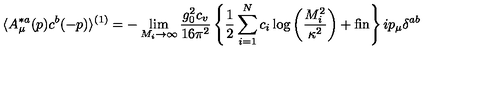
\langle A _ { \mu } ^ { * a } ( p ) c ^ { b } ( - p ) \rangle ^ { ( 1 ) } = - \lim _ { M _ { i } \rightarrow \infty } \frac { g _ { 0 } ^ { 2 } c _ { v } } { 1 6 \pi ^ { 2 } } \left\{ \frac { 1 } { 2 } \sum _ { i = 1 } ^ { N } c _ { i } \log \left( \frac { M _ { i } ^ { 2 } } { \kappa ^ { 2 } } \right) + \mathrm { f i n } \right\} i p _ { \mu } \delta ^ { a b }